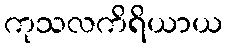
ကုသလကိရိယာယ